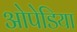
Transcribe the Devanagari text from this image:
ओपेडिया